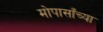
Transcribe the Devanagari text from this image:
मोपासाँच्या